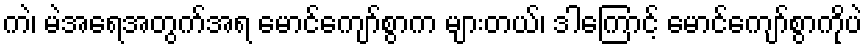
ကဲ၊ မဲအရေအတွက်အရ မောင်ကျော်စွာက များတယ်၊ ဒါကြောင့် မောင်ကျော်စွာကိုပဲ